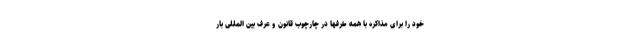
خود را برای مذاکره با همه طرفها در چارچوب قانون و عرف بین المللی بار